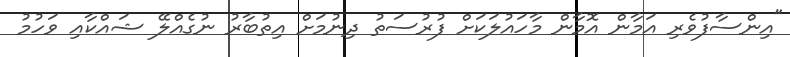
"އިންސާފުވެރި އަމާން އޮމާން މާހައުލަކަށް ފުރުސަތު ދިނުމަށް އިތުބާރު ނުގެއްލޭ ޝައްކާއި ވަހުމު